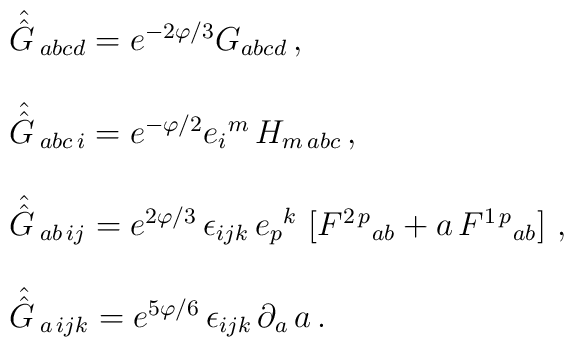
\begin{array}{rcl}&& \hat{\hat{G} \,}_{abcd} = e^{-2\varphi/3} G_{abcd}\, ,\\ & & \\&& \hat{\hat{G} \,}_{abc\, i} = e^{-\varphi/2} e_{i}{}^{m}\, H_{m\, abc}\, , \\ & & \\&& \hat{\hat{G} \,}_{ab\, ij} = e^{2\varphi/3}\, \epsilon_{ijk}\, e_{p}{}^{k}\,\left[ F^{2\, p}{}_{ab} + a\, F^{1\, p}{}_{ab} \right]\, , \\ & & \\&& \hat{\hat{G} \,}_{a\, ijk} = e^{5\varphi/6}\, \epsilon_{ijk}\, \partial_{a}\, a\, .\\ & & \\\end{array}